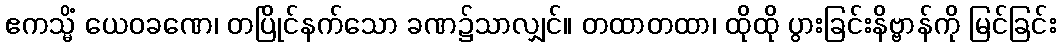
ဧကသ္မိံ ယေဝခဏေ၊ တပြိုင်နက်သော ခဏ၌သာလျှင်။ တထာတထာ၊ ထိုထို ပွားခြင်းနိဗ္ဗာန်ကို မြင်ခြင်း